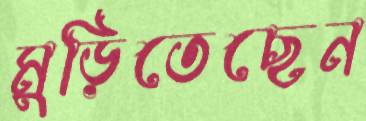
মুড়িতেছেন